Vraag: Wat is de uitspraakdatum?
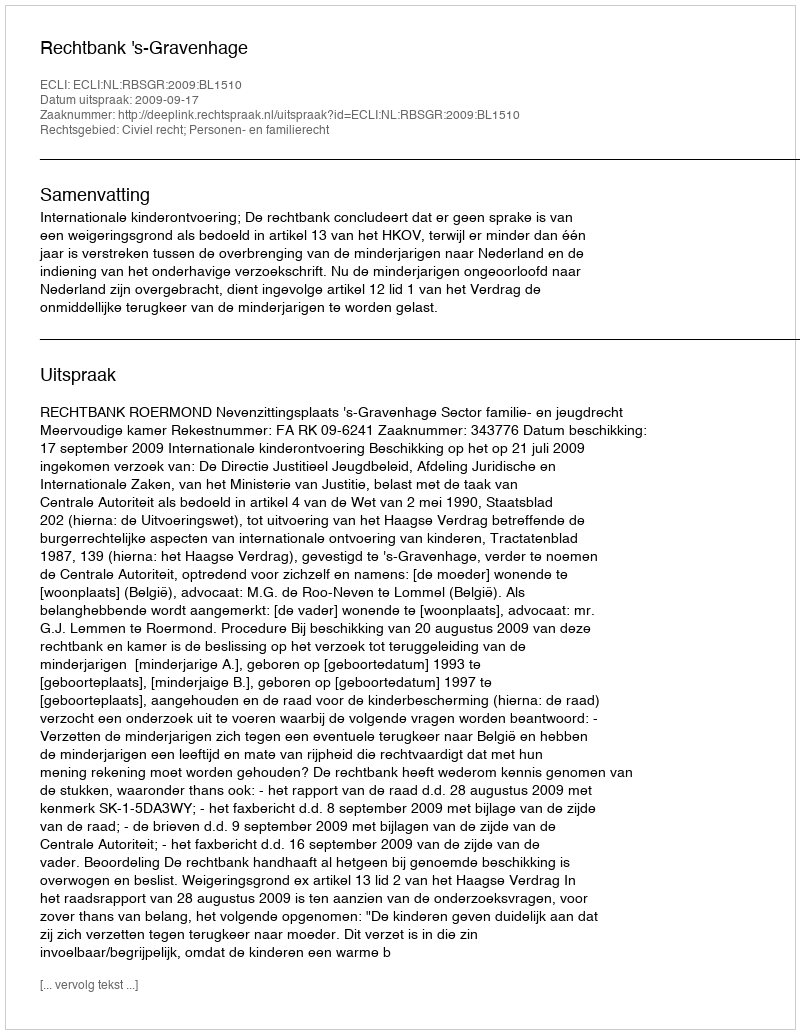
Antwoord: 2009-09-17